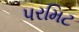
પરમિટ